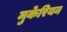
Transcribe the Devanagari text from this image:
मुकेरियन